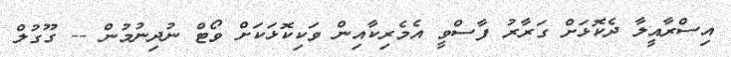
އިސްރާއީލާ ދެކޮޅަށް ގަރާރު ފާސްވީ އެމެރިކާއިން ވަކިކޮޅަކަށް ވޯޓް ނުދިނުމުން -- ގޫގުލް